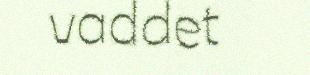
vaddet